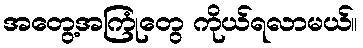
အတွေ့အကြုံတွေ ကိုယ်ရလာမယ်။